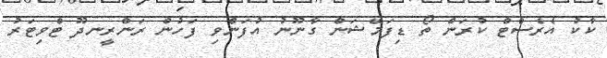
ކާކު އެރެސްޓް ކުރަން ތޯ ޑިފަމޭޝަން ގާނޫނު އުފަންވި ފަހުން ރަންރީނދޫ ޓްވިޓަރު